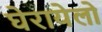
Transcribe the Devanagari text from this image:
घेरायेलो